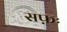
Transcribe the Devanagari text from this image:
सफ़ः